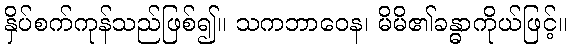
နှိပ်စက်ကုန်သည်ဖြစ်၍။ သကဘာဝေန၊ မိမိ၏ခန္ဓာကိုယ်ဖြင့်။